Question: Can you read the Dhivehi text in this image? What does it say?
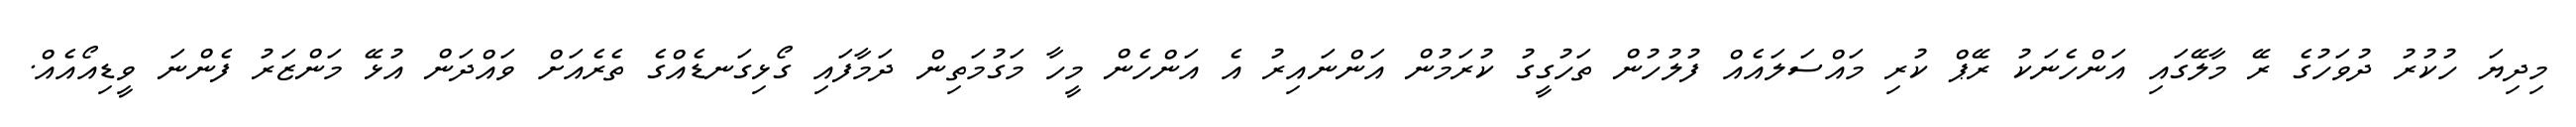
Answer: މިދިޔަ ހުކުރު ދުވަހުގެ ރޭ މާލޭގައި އަންހެނަކު ރޭޕް ކުރި މައްސަލައެއް ފުލުހުން ތަހުގީގު ކުރަމުން އަންނައިރު އެ އަންހެން މީހާ މަގުމަތިން ދަމާފައި ގޯޅިގަނޑެއްގެ ތެރެއަށް ވައްދަން އުޅޭ މަންޒަރު ފެންނަ ވީޑިއޯއެއް.